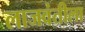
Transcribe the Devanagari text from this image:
लाजवंतीला